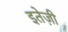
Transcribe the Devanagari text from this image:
इतेज़ी